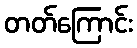
တတ်ကြောင်း